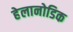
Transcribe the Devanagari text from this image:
हेलानोडिक